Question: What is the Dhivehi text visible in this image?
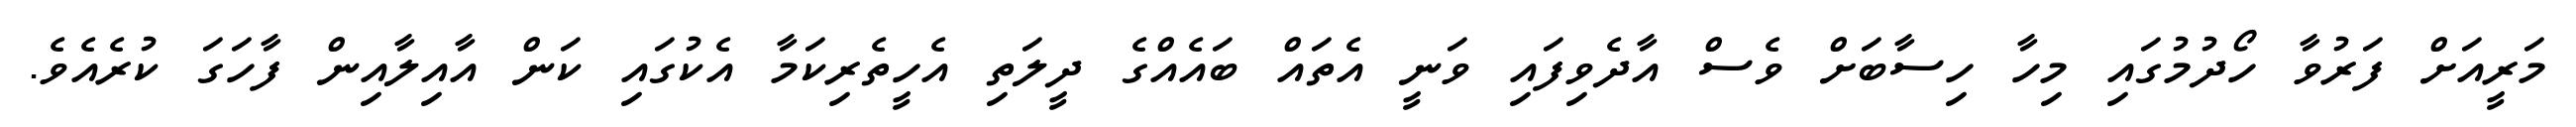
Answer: މަރީއަށް ފަރުވާ ހޯދުމުގައި މިހާ ހިސާބަށް ވެސް އާދެވިފައި ވަނީ އެތައް ބައެއްގެ ދީލަތި އެހީތެރިކަމާ އެކުގައި ކަން އާއިލާއިން ފާހަގަ ކުރެއެވެ.